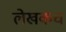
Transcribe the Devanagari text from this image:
लेखकच